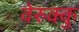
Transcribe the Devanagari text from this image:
वेरुक्कु